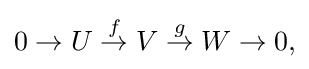
{\textstyle 0\to U\mathrel {\overset {f}{\to }} V\mathrel {\overset {g}{\to }} W\to 0,}